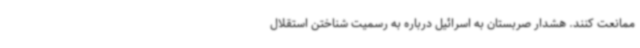
ممانعت کنند. هشدار صربستان به اسرائیل درباره به رسمیت شناختن استقلال